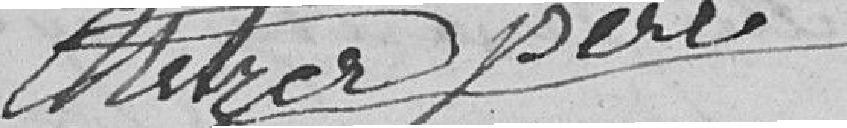
Metzer père